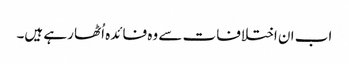
اب ان اختلافات سے وہ فائدہ اُٹھا رہے ہیں۔